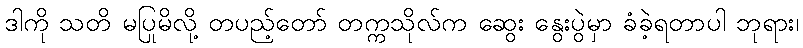
ဒါကို သတိ မပြုမိလို့ တပည့်တော် တက္ကသိုလ်က ဆွေး နွေးပွဲမှာ ခံခဲ့ရတာပါ ဘုရား၊